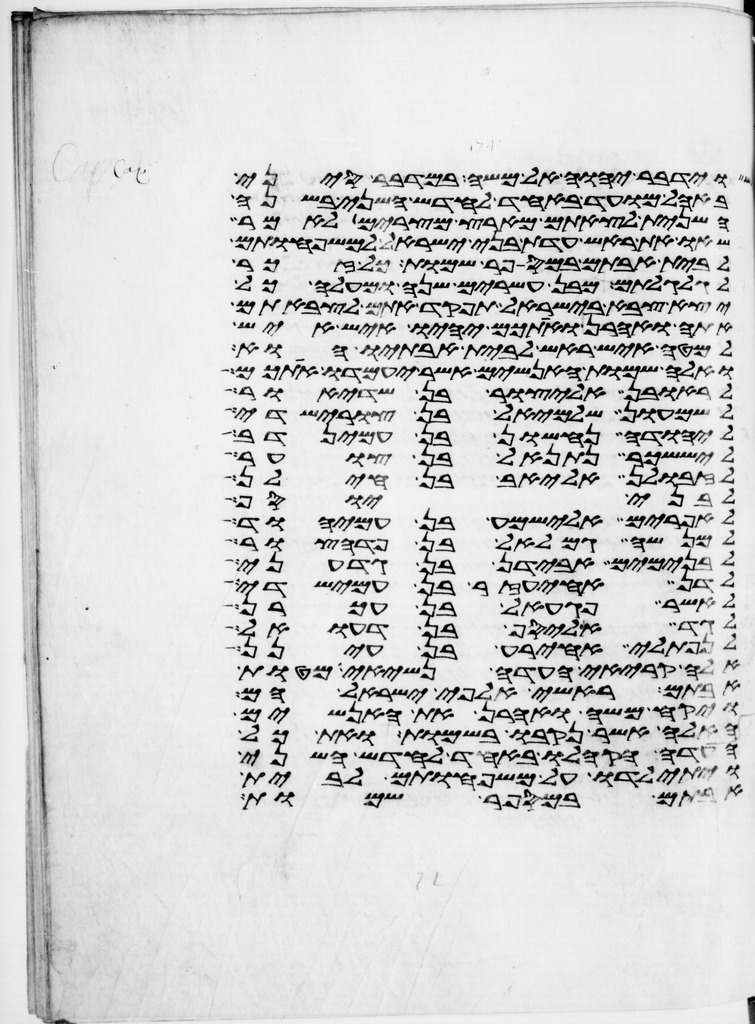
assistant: וידבר יהוה אל משה במדבר סיני
באהל מועד באחד לחדש השני בשנה
השנית לצאתם מארץ מצרים לאמר
שאו את ראש עדת בני ישראל למשפחותם
לבית אבותם במספר שמות כל זכר
לגלגלתם מבן עשרים שנה ומעלה כל
יצא צבא בישראל תפקד אתם לצבאתם
אתה ואהרן ואתכם יהיו איש איש
למטה איש ראש לבית אבתיו הוא
ואלה שמות האנשים אשר יעמדו אתכם
לראובן אליצור בן שדיאור
שמעון שלמיאל בן צורישדי
ליהודה נחשון בן עמינדב
ליששכר נתנאל בן צוער
לזבולן אליאב בן חילן
לבני יוסף
לאפרים אלישמע בן עמיהוד
למנשה גמלאל בן פדהצור
לבנימים אבידן בן גדעוני
לדן אחיעזר בן עמישדי
לאשר פגעאל בן עכרן
לגד אליסף בן דעואל
לנפתלי אחירע בן עינן
אלה קריאי העדה נשיאי מטות
אבותם ראשי אלפי ישראל הם
ויקח משה ואהרן את האנשים
האלה אשר נקבו בשמות ואת כל
העדה הקהלו באחד לחדש השני
ויתילדו על משפחותם לבית
אבותם במספר שמות